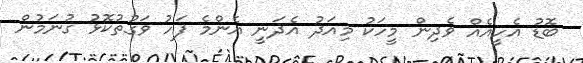
ބޮޑު އެހީއެއް ވެދިން މީހަކު މިއަދު އެދަނީ އެންމެ ފަހު ވަގުތުކޮޅު ގުނަމުން